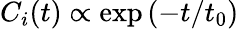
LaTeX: {C_{i}(t)}\propto\exp{(-t/t_{0})}